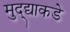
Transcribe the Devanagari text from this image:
मुद्द्याकडे